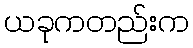
ယခုကတည်းက